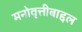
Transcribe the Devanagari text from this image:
मनोवृत्तीबाद्दल